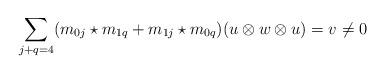
LaTeX: \begin{align*}\sum_{j+q = 4} (m_{0j} \star m_{1q}+m_{1j} \star m_{0q})(u \otimes w \otimes u) = v \neq 0\end{align*}